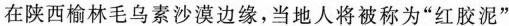
在陕西榆林毛乌素沙漠边缘，当地人将被称为”红胶泥”